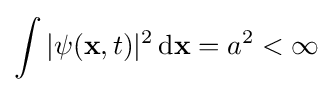
\int |\psi (\mathbf {x} ,t)|^{2}\,\mathrm {d\mathbf {x} } =a^{2}<\infty